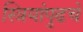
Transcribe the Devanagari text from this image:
स्त्रियांपुढचे